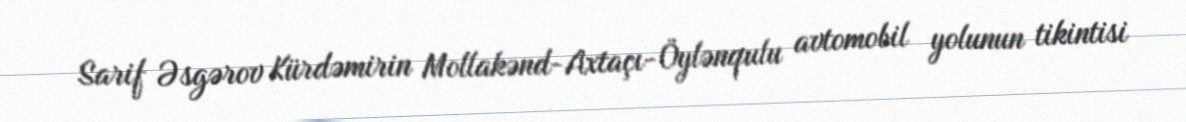
Sarif Əsgərov Kürdəmirin Mollakənd-Axtaçı-Öylənqulu avtomobil yolunun tikintisi